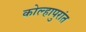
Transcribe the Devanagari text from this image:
कोल्हापुरांत